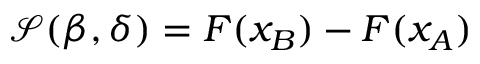
\begin{array} { r } { \mathcal { S } ( \beta , \delta ) = F ( { x _ { B } } ) - F ( { x _ { A } } ) } \end{array}